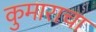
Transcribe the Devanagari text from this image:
कुमाराचा